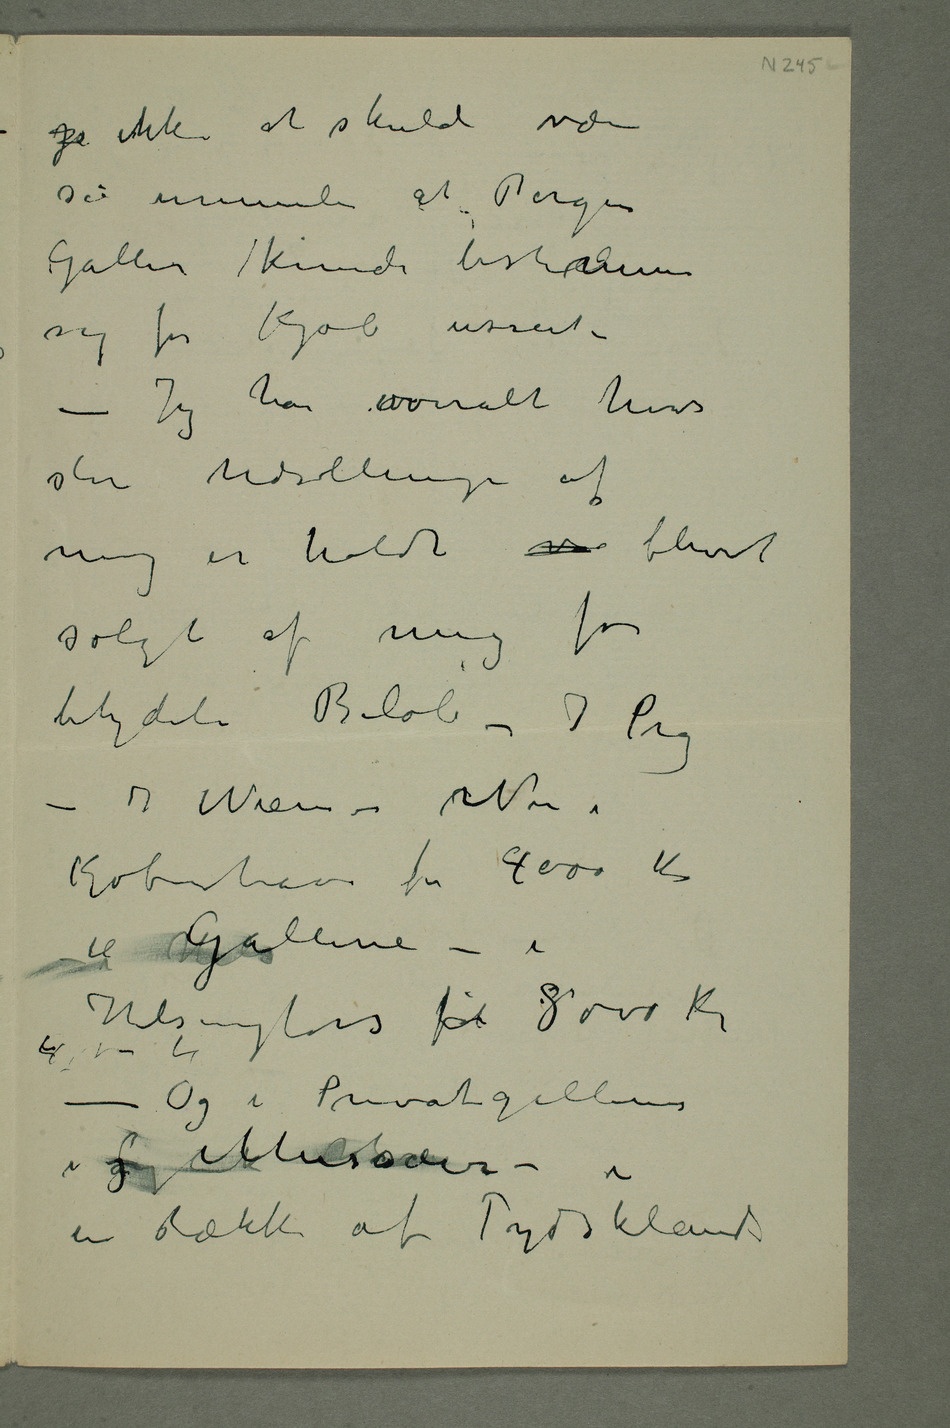
je ikke at skulde være
så urimeli at Bergen
Galleri kunde bestemme
sig for Kjøb useet –
– Jeg har overalt hvor
store Udstillinger af
mig er holdt va blivet
solgt af mig for
betydeli Beløb – I Prag
– I Wien – Nu i
Kjøbenhavn for 4000 kr
itil HelsGalleriene – i
– Og i Privatgallerier
i  og Museer – i
en Række af Tysklands